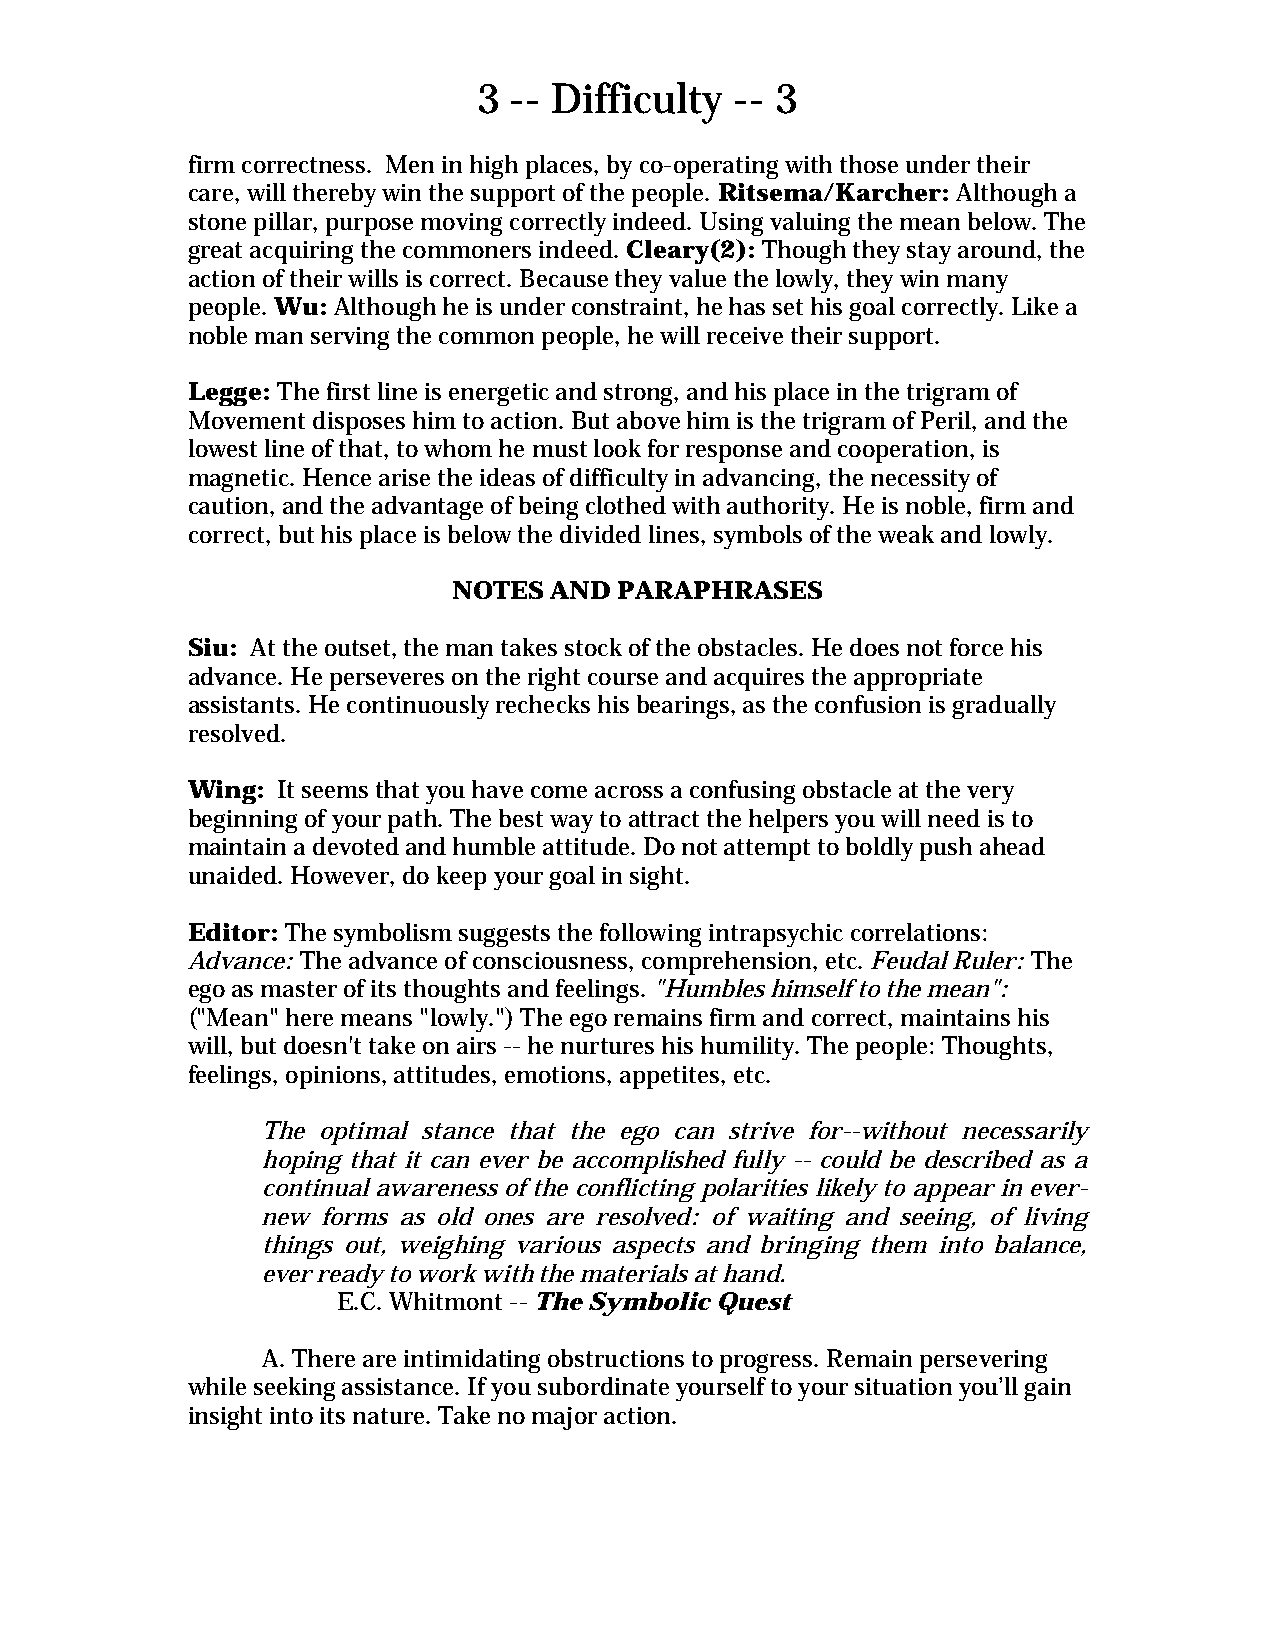
3 -- Difficulty  -- 3
 firm correctness. Men in high places, by co-operating with those under their
 care, will thereby win the support of the people. Ritsema/Karcher: Although a
 stone pillar, purpose moving correctly indeed. Using valuing the mean below. The
 great acquiring the commoners indeed. Cleary(2): Though they stay around, the
 action of their wills is correct. Because they value the lowly, they win many
 people. Wu: Although he is under constraint, he has set his goal correctly. Like a
 noble man serving the common people, he will receive their support.
 Legge: The first line is energetic and strong, and his place in the trigram of
 Movement disposes him to action. But above him is the trigram of Peril, and the
 lowest line of that, to whom he must look for response and cooperation, is
 magnetic. Hence arise the ideas of difficulty in advancing, the necessity of
 caution, and the advantage of being clothed with authority. He is noble, firm and
 correct, but his place is below the divided lines, symbols of the weak and lowly.
 NOTES AND  PARAPHRASES
 Siu: At the outset, the man takes stock of the obstacles. He does not force his
 advance. He perseveres on the right course and acquires the appropriate
 assistants. He continuously rechecks his bearings, as the confusion is gradually
 resolved.
 Wing: It seems that you have come across a confusing obstacle at the very
 beginning of your path. The best way to attract the helpers you will need is to
 maintain a devoted and humble attitude. Do not attempt to boldly push ahead
 unaided. However, do keep your goal in sight.
 Editor: The symbolism suggests the following intrapsychic correlations:
 Advance: The advance of consciousness, comprehension, etc. Feudal Ruler: The
 ego as master of its thoughts and feelings. "Humbles himself to the mean":
 ("Mean" here means "lowly.") The ego remains firm and correct, maintains his
 will, but doesn't take on airs -- he nurtures his humility. The people: Thoughts,
 feelings, opinions, attitudes, emotions, appetites, etc.
 The optimal stance that the ego can strive for--without necessarily
 hoping that it can ever be accomplished fully -- could be described as a
 continual awareness of the conflicting polarities likely to appear in ever-
 new forms as old ones are resolved: of waiting and seeing, of living
 things out, weighing various aspects and bringing them into balance,
 ever ready to work with the materials at hand.
 E.C. Whitmont -- The Symbolic Quest
 A. There are intimidating obstructions to progress. Remain persevering
 while seeking assistance. If you subordinate yourself to your situation you’ll gain
 insight into its nature. Take no major action.